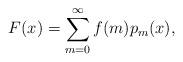
LaTeX: \begin{align*}F(x)=\sum_{m=0}^\infty f(m)p_m(x),\end{align*}